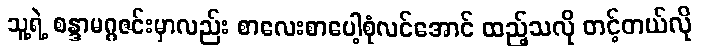
သူ့ရဲ့ စန္ဒာမဂ္ဂဇင်းမှာလည်း စာလေးစာပေါ့စုံလင်အောင် ထည့်သလို တင့်တယ်လို